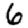
Digit: 6